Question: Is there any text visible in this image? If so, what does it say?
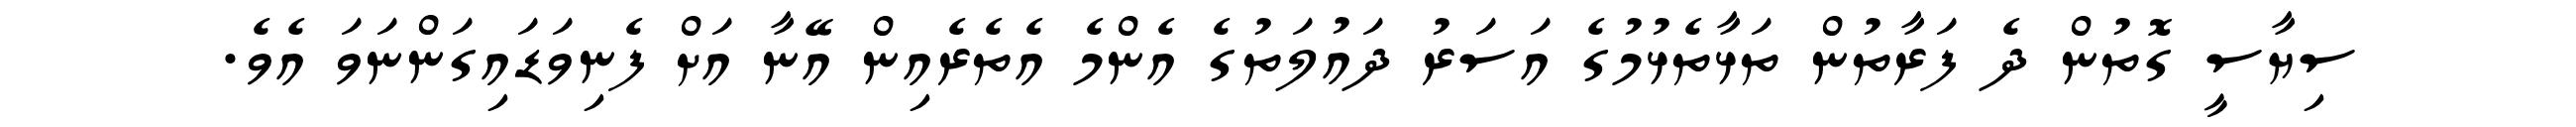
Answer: ސިޔާސީ ގޮތުން ދެ ފަރާތުން ތަޅާތެޅުމުގެ އަސަރު ދައުލަތުގެ އެންމެ އެތެރެއިން އޭނާ އަށް ފެނިވަޑައިގަންނަވަ އެވެ.